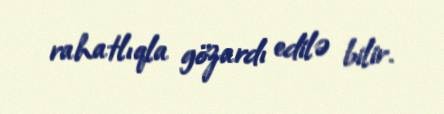
rahatlıqla gözardı edilə bilir.